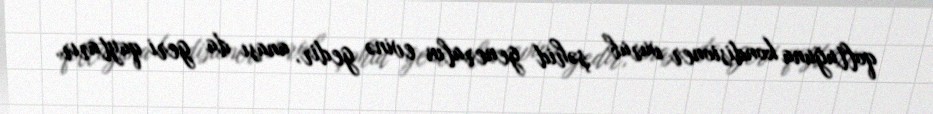
qoltuğuna kondisioner vurub şəhid generalın evinə gedir, anası da geri qaytarır.